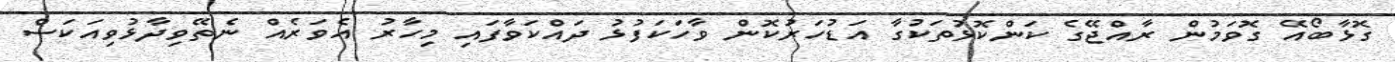
ގޮޅާބޯއޭ ގޮވަމުން ރާއްޖޭގެ ކަންކޮޅުތަކުގާ އަޑުހަރުކޮން ވާހަކަފުޅު ދައްކަވާފައި މިހާރު އެވަރެއް ނެތޭވިދާޅުވިއަކަސް